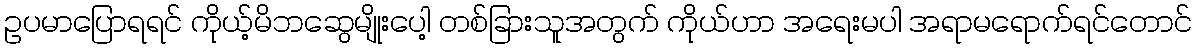
ဥပမာပြောရရင် ကိုယ့်မိဘဆွေမျိုးပေါ့ တစ်ခြားသူအတွက် ကိုယ်ဟာ အရေးမပါ အရာမရောက်ရင်တောင်